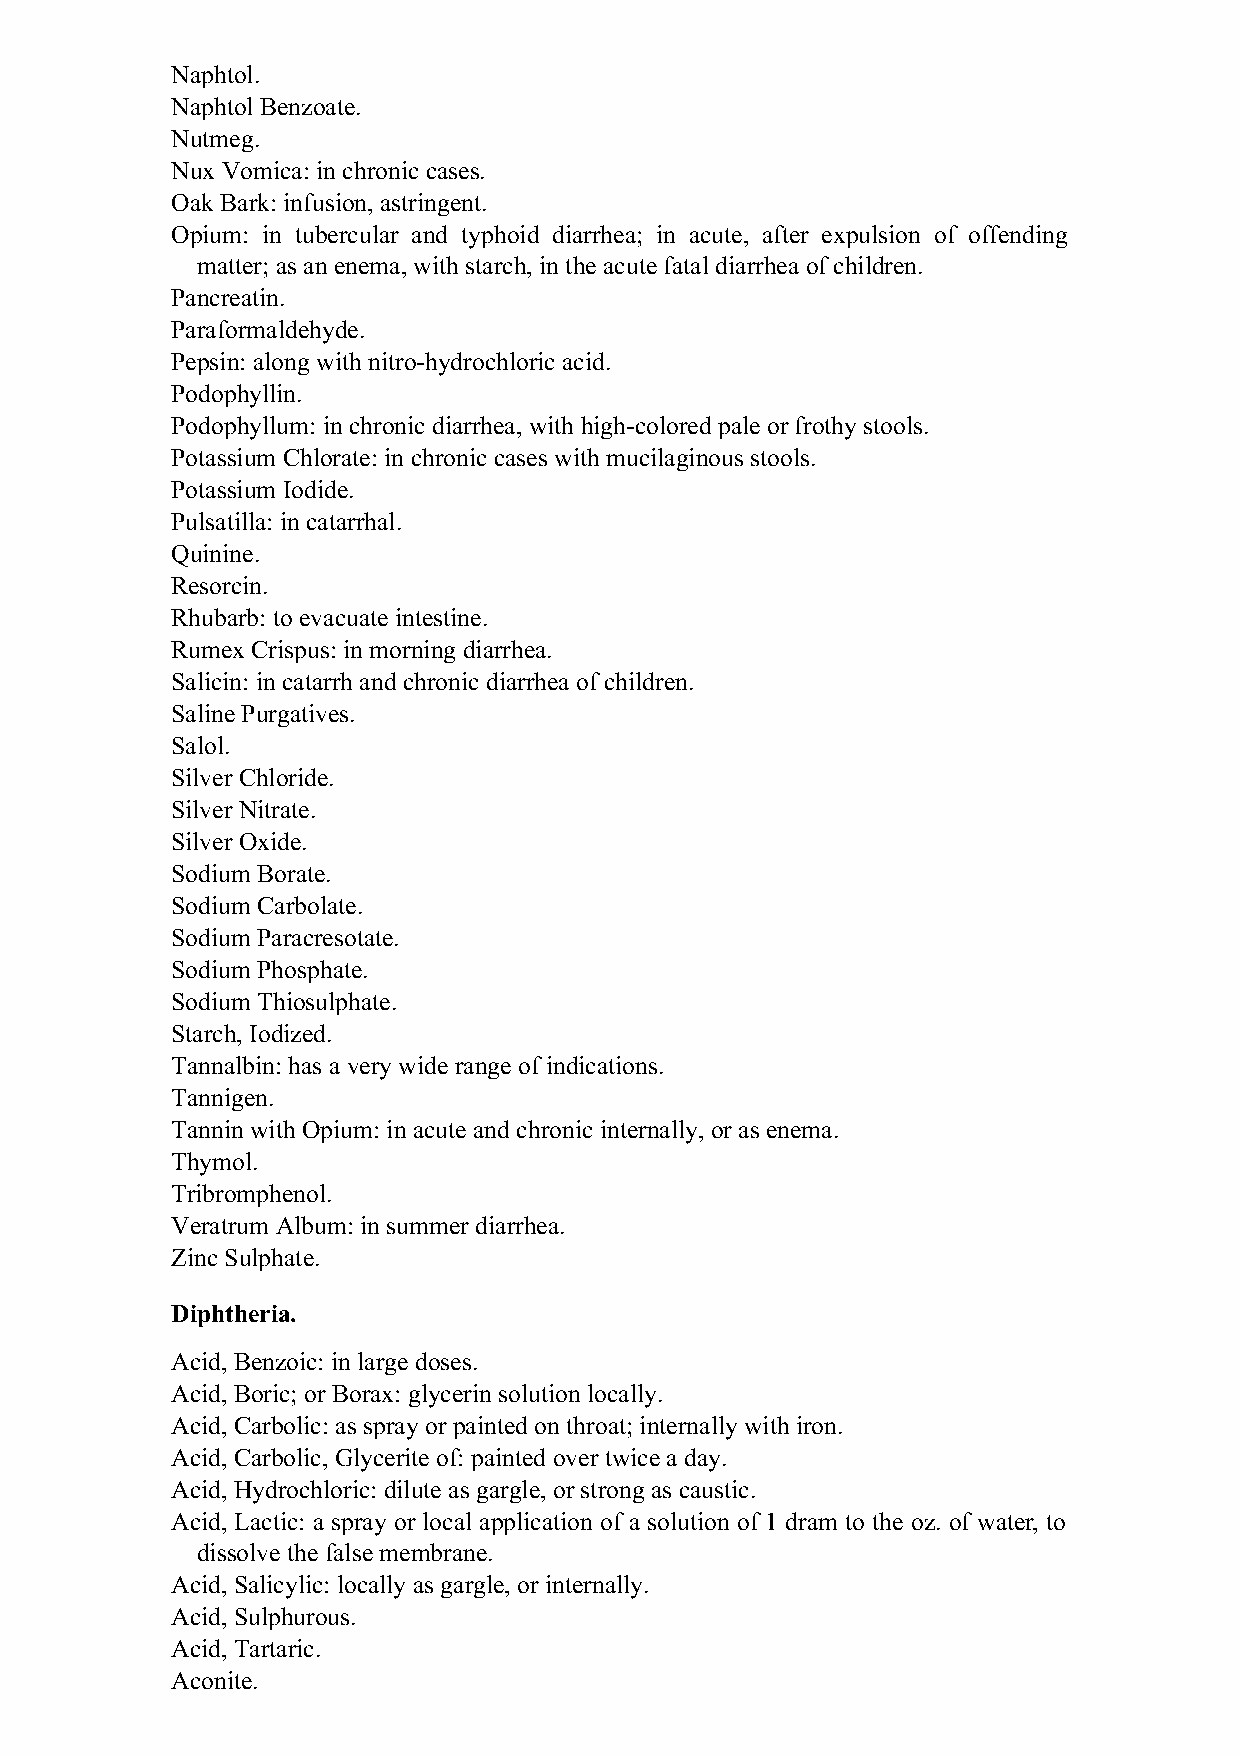
Naphtol.
 Naphtol Benzoate.
 Nutmeg.
 Nux Vomica: in chronic cases.
 Oak Bark: infusion, astringent.
 Opium: in tubercular and typhoid diarrhea; in acute, after expulsion of offending
 matter; as an enema, with starch, in the acute fatal diarrhea of children.
 Pancreatin.
 Paraformaldehyde.
 Pepsin: along with nitro-hydrochloric acid.
 Podophyllin.
 Podophyllum: in chronic diarrhea, with high-colored pale or frothy stools.
 Potassium Chlorate: in chronic cases with mucilaginous stools.
 Potassium Iodide.
 Pulsatilla: in catarrhal.
 Quinine.
 Resorcin.
 Rhubarb: to evacuate intestine.
 Rumex Crispus: in morning diarrhea.
 Salicin: in catarrh and chronic diarrhea of children.
 Saline Purgatives.
 Salol.
 Silver Chloride.
 Silver Nitrate.
 Silver Oxide.
 Sodium Borate.
 Sodium Carbolate.
 Sodium Paracresotate.
 Sodium Phosphate.
 Sodium Thiosulphate.
 Starch, Iodized.
 Tannalbin: has a very wide range of indications.
 Tannigen.
 Tannin with Opium: in acute and chronic internally, or as enema.
 Thymol.
 Tribromphenol.
 Veratrum Album: in summer diarrhea.
 Zinc Sulphate.
 Diphtheria.
 Acid, Benzoic: in large doses.
 Acid, Boric; or Borax: glycerin solution locally.
 Acid, Carbolic: as spray or painted on throat; internally with iron.
 Acid, Carbolic, Glycerite of: painted over twice a day.
 Acid, Hydrochloric: dilute as gargle, or strong as caustic.
 Acid, Lactic: a spray or local application of a solution of 1 dram to the oz. of water, to
 dissolve the false membrane.
 Acid, Salicylic: locally as gargle, or internally.
 Acid, Sulphurous.
 Acid, Tartaric.
 Aconite.